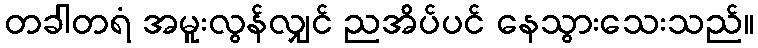
တခါတရံ အမူးလွန်လျှင် ညအိပ်ပင် နေသွားသေးသည်။